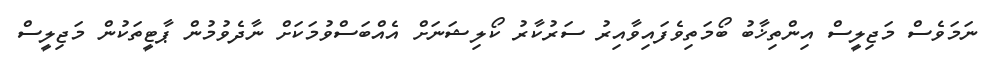
ނަމަވެސް މަޖިލީސް އިންތިޚާބު ބޯމަތިވެފައިވާއިރު ސަރުކާރު ކޯލިޝަނަށް އެއްބަސްވުމަކަށް ނާދެވުމުން ޕާޓީތަކުން މަޖިލީސް